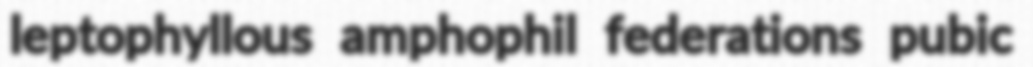
leptophyllous amphophil federations pubic